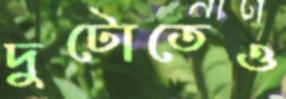
দুটোতেও